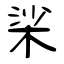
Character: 桬